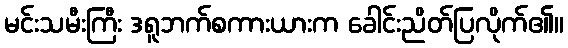
မင်းသမီးကြီး ဒရူဘက်စကားယားက ခေါင်းညိတ်ပြလိုက်၏။